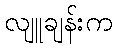
လျူချန်းက